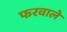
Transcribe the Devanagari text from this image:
फरवाले